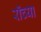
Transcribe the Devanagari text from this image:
रॉच्या